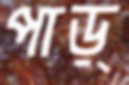
পাড়্‌